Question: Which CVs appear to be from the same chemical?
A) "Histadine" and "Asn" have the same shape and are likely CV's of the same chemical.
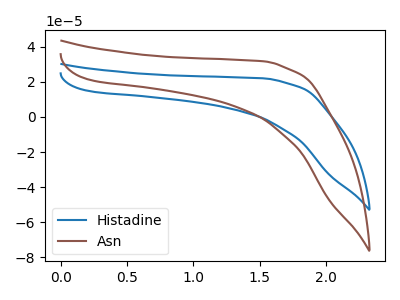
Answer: <think>The blue curve "Histadine" has no peaks. The brown curve "Asn" has no peaks.
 Neither "Histadine" or "Asn" have any peaks.</think>
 <answer>A) "Histadine" and "Asn" have the same shape and are likely CV's of the same chemical.</answer>
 <eval>A</eval>